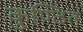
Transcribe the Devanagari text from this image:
कुण्ठित